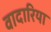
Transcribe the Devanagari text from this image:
वादारिया